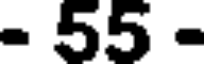
- 55 -